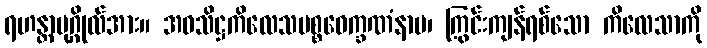
ရဟန္တာပုဂ္ဂိုလ်အား။ အဝသိဋ္ဌကိလေသပစ္စဝေက္ခဏံနာမ၊ ကြွင်းကျန်ရစ်သော ကိလေသာကို